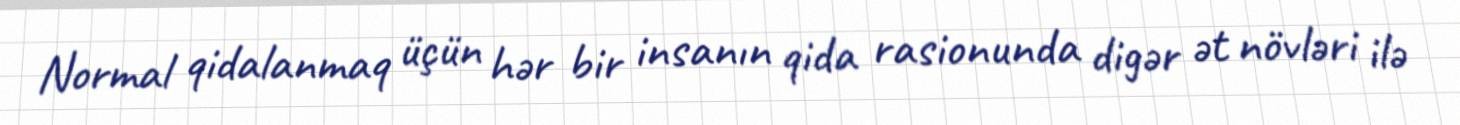
Normal qidalanmaq üçün hər bir insanın qida rasionunda digər ət növləri ilə